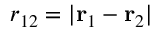
r _ { 1 2 } = \vert { \bf r } _ { 1 } - { \bf r } _ { 2 } \vert